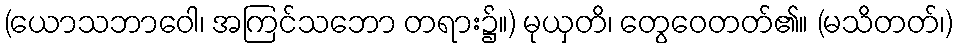
(ယောသဘာဝေါ၊ အကြင်သဘော တရား၌။) မုယှတိ၊ တွေဝေတတ်၏။ (မသိတတ်၊)